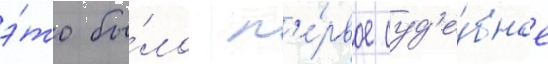
э́то бы́ло п'е́рвое суд'е́бное